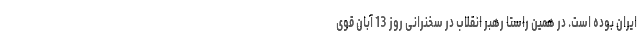
ایران بوده است. در همین راستا رهبر انقلاب در سخنرانی روز 13 آبان قوی